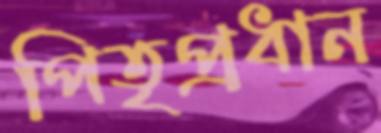
পিতৃপ্রধান